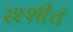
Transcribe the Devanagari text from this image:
रश्शीचं